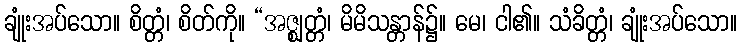
ချုံးအပ်သော။ စိတ္တံ၊ စိတ်ကို။ “အဇ္ဈတ္တံ၊ မိမိသန္တာန်၌။ မေ၊ ငါ၏။ သံခိတ္တံ၊ ချုံးအပ်သော။